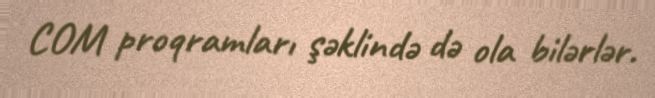
COM proqramları şəklində də ola bilərlər.